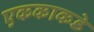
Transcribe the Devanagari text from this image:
एककाकडे